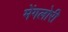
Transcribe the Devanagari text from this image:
मेंगलोरी